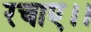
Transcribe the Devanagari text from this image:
रचाए।।